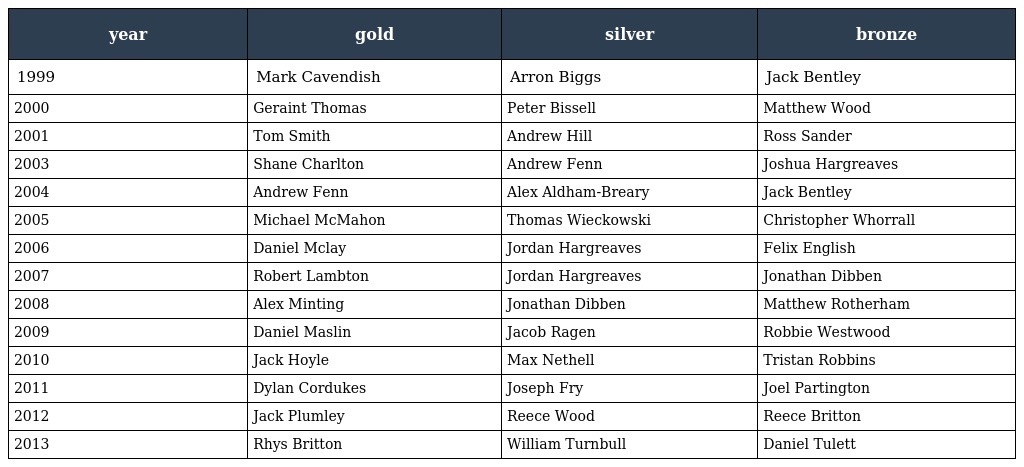
| year | gold | silver | bronze |
 | --- | --- | --- | --- |
 | 1999 | Mark Cavendish | Arron Biggs | Jack Bentley |
 | 2000 | Geraint Thomas | Peter Bissell | Matthew Wood |
 | 2001 | Tom Smith | Andrew Hill | Ross Sander |
 | 2003 | Shane Charlton | Andrew Fenn | Joshua Hargreaves |
 | 2004 | Andrew Fenn | Alex Aldham-Breary | Jack Bentley |
 | 2005 | Michael McMahon | Thomas Wieckowski | Christopher Whorrall |
 | 2006 | Daniel Mclay | Jordan Hargreaves | Felix English |
 | 2007 | Robert Lambton | Jordan Hargreaves | Jonathan Dibben |
 | 2008 | Alex Minting | Jonathan Dibben | Matthew Rotherham |
 | 2009 | Daniel Maslin | Jacob Ragen | Robbie Westwood |
 | 2010 | Jack Hoyle | Max Nethell | Tristan Robbins |
 | 2011 | Dylan Cordukes | Joseph Fry | Joel Partington |
 | 2012 | Jack Plumley | Reece Wood | Reece Britton |
 | 2013 | Rhys Britton | William Turnbull | Daniel Tulett |